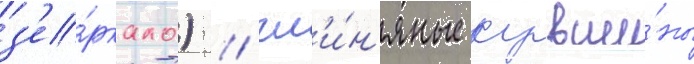
з'е́ркало) / гл'и́н'яные кувши́ны